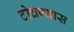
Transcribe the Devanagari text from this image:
टोचण्यास